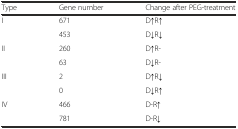
<table><thead><tr><td><b>Type</b></td><td><b>Gene number</b></td><td><b>Change after PEG-treatment</b></td></tr></thead><tbody><tr><td rowspan="2">I</td><td>671</td><td>D↑R↑</td></tr><tr><td>453</td><td>D↓R↓</td></tr><tr><td rowspan="2">II</td><td>260</td><td>D↑R-</td></tr><tr><td>63</td><td>D↓R-</td></tr><tr><td rowspan="2">III</td><td>2</td><td>D↑R↓</td></tr><tr><td>0</td><td>D↓R↑</td></tr><tr><td rowspan="2">IV</td><td>466</td><td>D-R↑</td></tr><tr><td>781</td><td>D-R↓</td></tr></tbody></table>